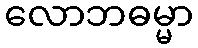
လောဘဓမ္မာ